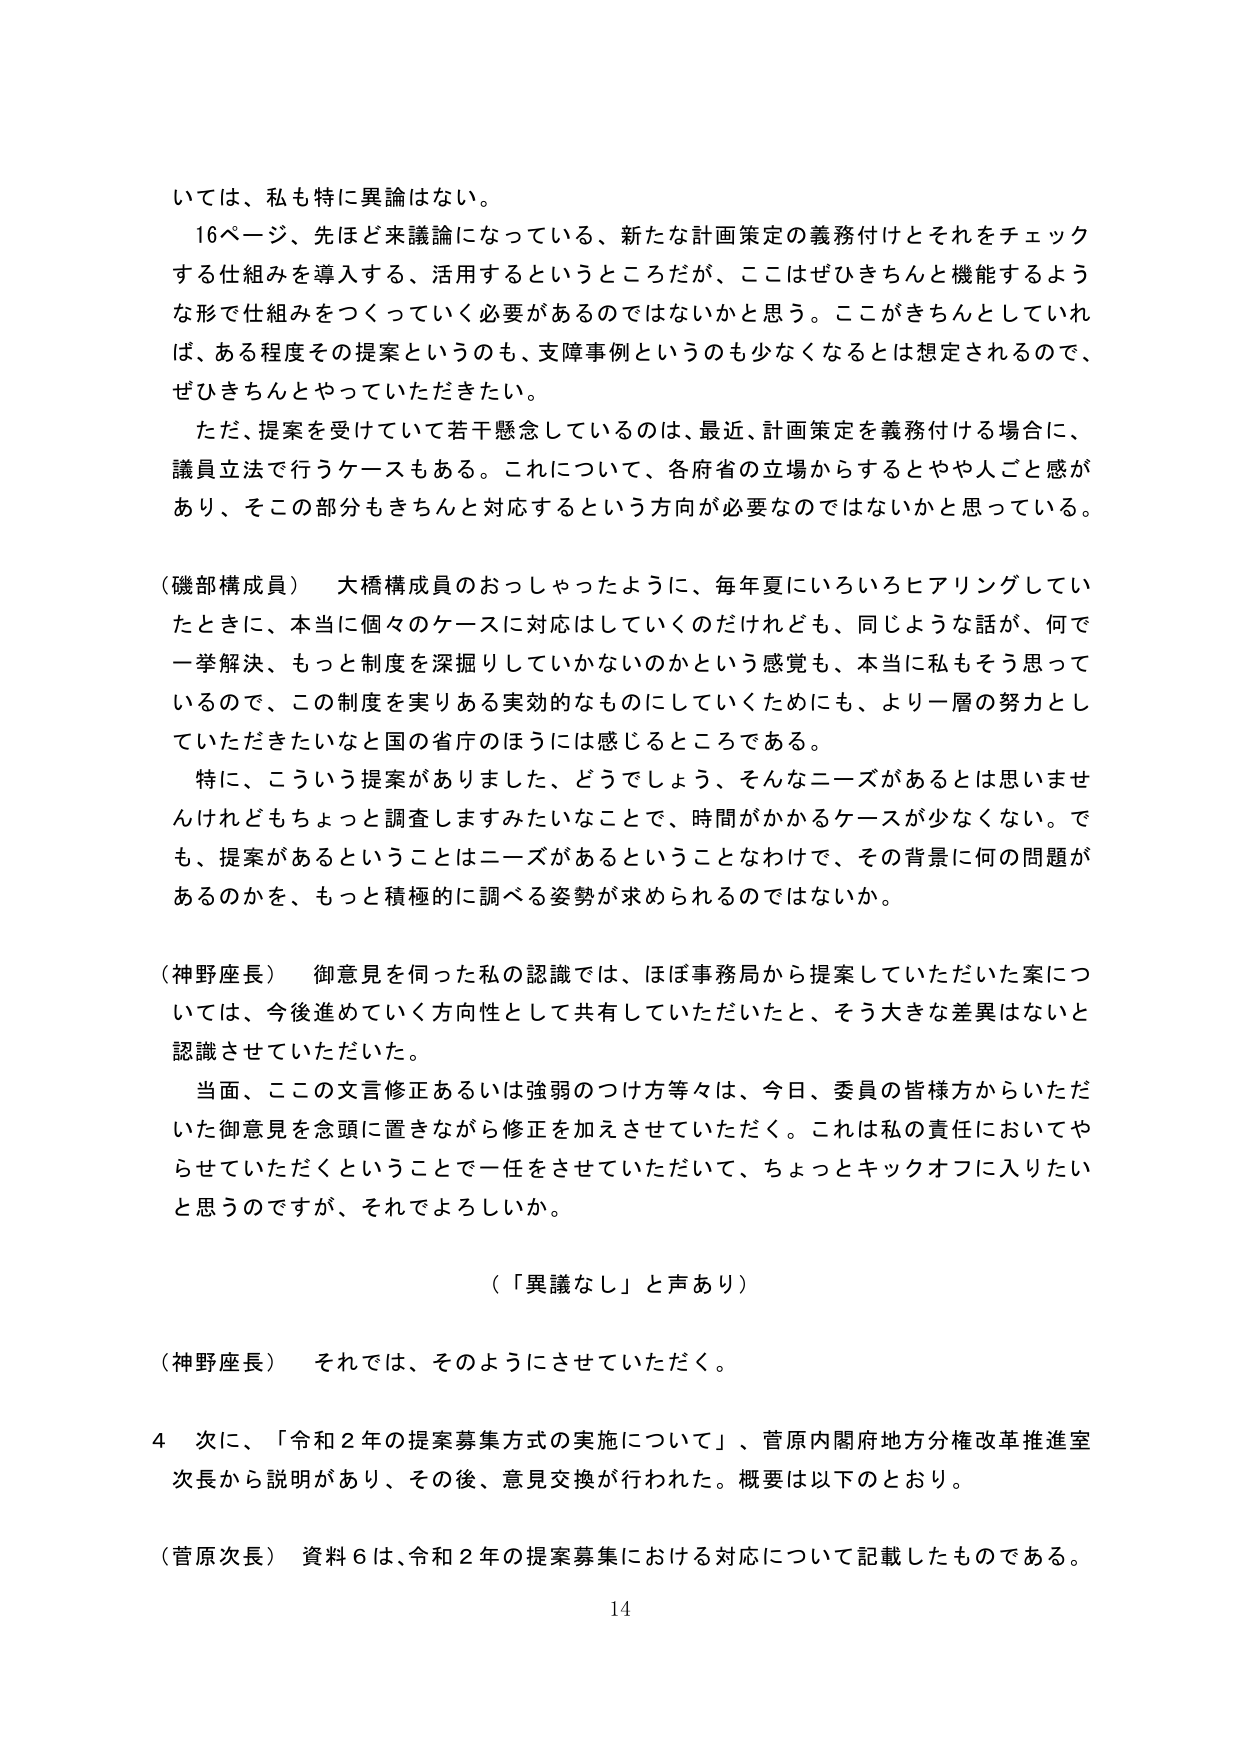
いては、私も特に異論はない。

16ページ、先ほど来議論になっている、新たな計画策定の義務付けとそれをチェックする仕組みを導入する、活用するというところだが、ここはぜひきちんと機能するような形で仕組みをつくっていく必要があるのではないかと思う。ここがきちんとしていれば、ある程度その提案というのも、支障事例というのも少なくなるとは想定されるので、ぜひきちんとやっていただきたい。

ただ、提案を受けていて若干懸念しているのは、最近、計画策定を義務付ける場合に、議員立法で行うケースもある。これについて、各府省の立場からするとやや人ごと感があり、そこの部分もきちんと対応するという方向が必要なのではないかと思っている。

（磯部構成員） 大橋構成員のおっしゃったように、毎年夏にいろいろヒアリングしていたときに、本当に個々のケースに対応はしていくのだけれども、同じような話が、何で一挙解決、もっと制度を深掘りしていかないのかという感覚も、本当に私もそう思っているので、この制度を実りある実効的なものにしていくためにも、より一層の努力をしていただきたいなと国の省庁のほうには感じるところである。

特に、こういう提案がありました、どうでしょう、そんなニーズがあるとは思いませんけれどもちょっと調査しますみたいなことで、時間がかかるケースが少なくない。でも、提案があるということはニーズがあるということなわけで、その背景に何の問題があるのかを、もっと積極的に調べる姿勢が求められるのではないか。

（神野座長） 御意見を伺った私の認識では、ほぼ事務局から提案していただいた案については、今後進めていく方向性として共有していただいたと、そう大きな差異はないと認識させていただいた。

当面、ここの文言修正あるいは強弱のつけ方等々は、今日、委員の皆様方からいただいた御意見を念頭に置きながら修正を加えさせていただく。これは私の責任においてやらせていただくということで一任をさせていただいて、ちょっとキックオフに入りたいと思うのですが、それでよろしいか。

（「異議なし」と声あり）

（神野座長） それでは、そのようにさせていただく。

4 次に、「令和２年の提案募集方式の実施について」、菅原内閣府地方分権改革推進室次長から説明があり、その後、意見交換が行われた。概要は以下のとおり。

（菅原次長） 資料６は、令和２年の提案募集における対応について記載したものである。

14